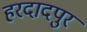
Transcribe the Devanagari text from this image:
हरदादपुर